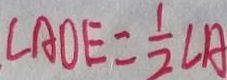
\angle A O E = \frac { 1 } { 2 } \angle A